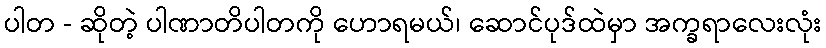
ပါတ - ဆိုတဲ့ ပါဏာတိပါတကို ဟောရမယ်၊ ဆောင်ပုဒ်ထဲမှာ အက္ခရာလေးလုံး